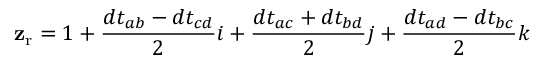
\mathbf { z } _ { \mathrm { { r } } } = 1 + { \frac { d t _ { a b } - d t _ { c d } } { 2 } } i + { \frac { d t _ { a c } + d t _ { b d } } { 2 } } j + { \frac { d t _ { a d } - d t _ { b c } } { 2 } } k